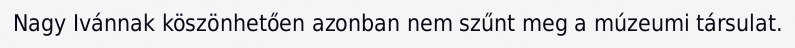
Nagy Ivánnak köszönhetően azonban nem szűnt meg a múzeumi társulat.